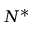
N ^ { * }